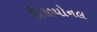
રીજીયોનલ